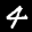
Label: 4